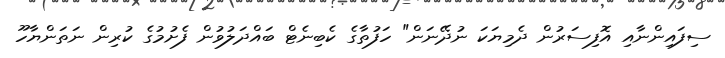
ސިފައިންނާއި އޮފިސަރުން ދެމިޔަކަ ނުދޭނަން" ހަފުތާގެ ކެބިނެޓް ބައްދަލުވުން ފެށުމުގެ ކުރިން ނަތަންޔާހޫ